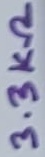
Text: 3.3KΩ